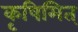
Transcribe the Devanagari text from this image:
कृषिमित्